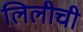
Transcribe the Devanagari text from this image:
लिलीची